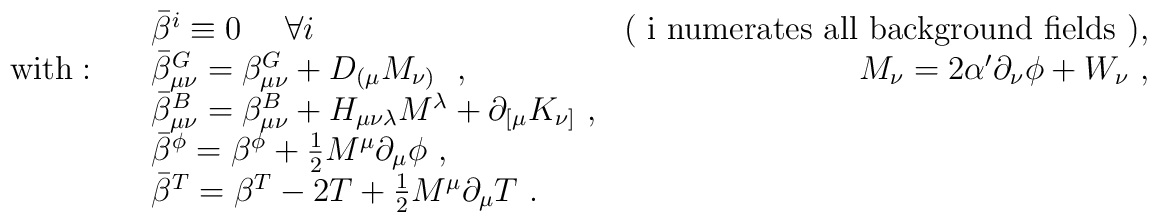
\begin{array}{llr} & \bar{\beta}^i \equiv 0 ~~~~\forall i~~ &\mbox{( i numerates all                                    background fields )} , \\\mbox{with}: \quad& \bar{\beta}^{G}_{\mu\nu} =                  \beta^{G}_{\mu\nu} + D_{(\mu}M_{\nu)}                 ~~,~~& M_{\nu} = 2\alpha' \partial_{\nu} \phi + W_{\nu}~,\\  & \bar{\beta}^{B}_{\mu\nu}= \beta^B_{\mu\nu} + H_{\mu\nu\lambda}       M^{\lambda} + \partial_{[\mu} K_{\nu]}~,\\  &  \bar{\beta}^{\phi} = \beta^{\phi} +                          \frac{1}{2} M^{\mu}\partial_{\mu}\phi~, &\\  &  \bar{\beta}^T = \beta^T - 2T + \frac{1}{2} M^{\mu}\partial_{\mu}T ~. & \end{array}